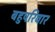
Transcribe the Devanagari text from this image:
बहुपरिवार